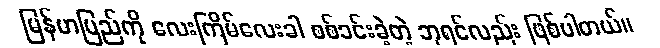
မြန်မာပြည်ကို လေးကြိမ်လေးခါ စစ်ခင်းခဲ့တဲ့ ဘုရင်လည်း ဖြစ်ပါတယ်။